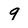
Character: 9